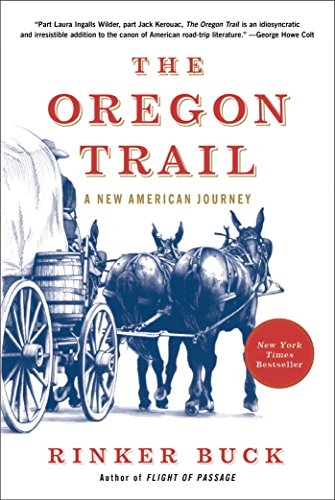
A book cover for The Oregon Trail: A New American Journey; Rinker Buck; History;